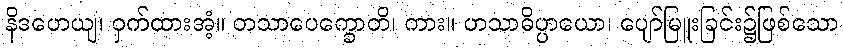
နိဒဟေယျ၊ ဝှက်ထားအံ့။ တသာပေက္ခောတိ၊ ကား။ ဟသာဓိပ္ပာယော၊ ပျော်မြူးခြင်း၌ဖြစ်သော